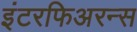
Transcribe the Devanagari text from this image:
इंटरफिअरन्स